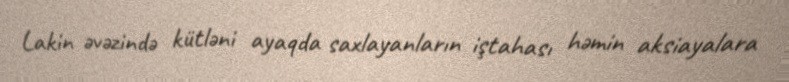
Lakin əvəzində kütləni ayaqda saxlayanların iştahası həmin aksiayalara